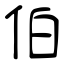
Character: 伯